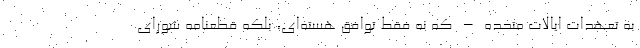
به تعهدات ایالات متحده – که نه فقط توافق هسته‌ای، بلکه قطعنامه شورای